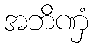
အဘိဏှံ